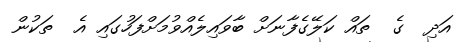
އަދި  ގެ  ތައް ކަލޭގެފާނަށް ބާވައިލެއްވުމަށްފަހުގައި އެ  ތަކުން